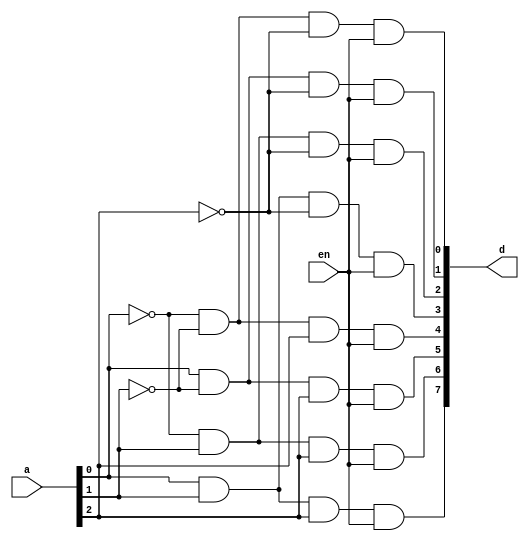
module decoder_3_to_8(d, a, en);
    input [2:0] a;
    input en;
    output [7:0] d;
    wire a0_bar, a1_bar, a2_bar;
    
    not(a0_bar, a[0]);
    not(a1_bar, a[1]);
    not(a2_bar, a[2]);
    
    and(d[0], a0_bar, a1_bar, a2_bar, en);
    and(d[1], a[0], a1_bar, a2_bar, en);
    and(d[2], a0_bar, a[1], a2_bar, en);
    and(d[3], a[0], a[1], a2_bar, en);
    and(d[4], a0_bar, a1_bar, a[2], en);
    and(d[5], a[0], a1_bar, a[2], en);
    and(d[6], a0_bar, a[1], a[2], en);
    and(d[7], a[0], a[1], a[2], en);
endmodule